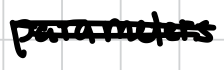
Text: parameters
Cross-out: mix
Writing tool: digital_black